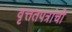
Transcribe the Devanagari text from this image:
वृत्ततपत्रांची